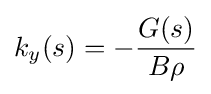
k_{y}(s)=-{\frac {G(s)}{B\rho }}